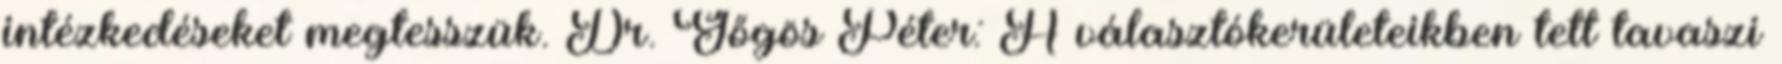
intézkedéseket megtesszük. Dr. Gőgös Péter: A választókerületeikben tett tavaszi